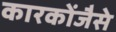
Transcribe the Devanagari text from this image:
कारकोंजैसे